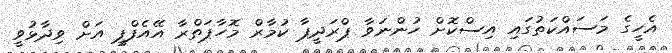
އެހީގެ މަސައްކަތުގައި އިސްކޮށް ހުންނަވާ ޕްރަދީޕާ ކުމާރް މޮހާޕަތްރާ އޭއެފްޕީ އަށް ވިދާޅުވީ